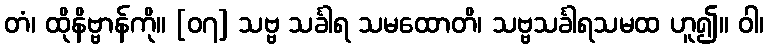
တံ၊ ထိုနိဗ္ဗာန်ကို။ [၀၇] သဗ္ဗ သင်္ခါရ သမထောတိ၊ သဗ္ဗသင်္ခါရသမထ ဟူ၍။ ဝါ၊